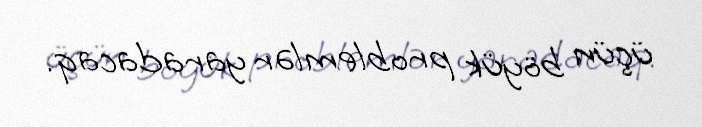
üçün böyük problemlər yaradacaq.